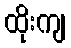
ထိုးကျ